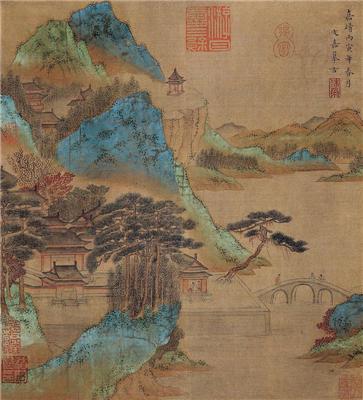
秋静见旄头，沙远席羁愁。